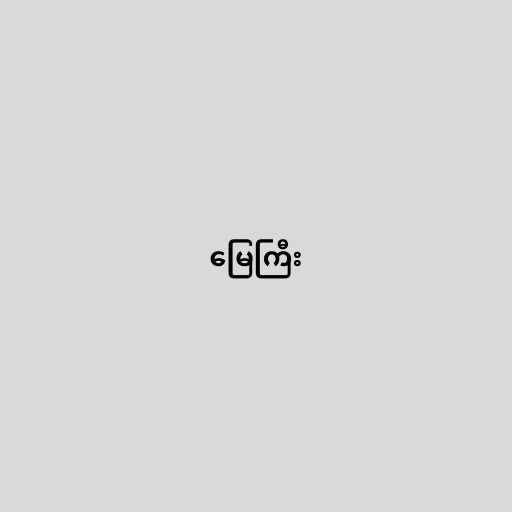
မြေကြီး